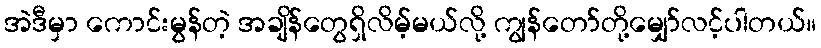
အဲဒီမှာ ကောင်းမွန်တဲ့ အချိန်တွေရှိလိမ့်မယ်လို့ ကျွန်တော်တို့မျှော်လင့်ပါတယ်။